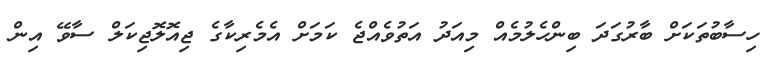
ހިސާބުތަކަށް ބާރުގަދަ ބިންހެލުމެއް މިއަދު އަތުވެއްޖެ ކަމަށް އެމެރިކާގެ ޖިއޮލޮޖިކަލް ސާވޭ އިން